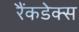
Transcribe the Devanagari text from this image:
रैंकडेक्स